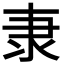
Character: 𮥴